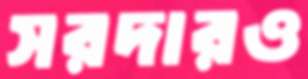
সরদারও